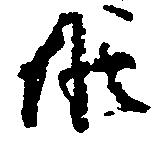
候